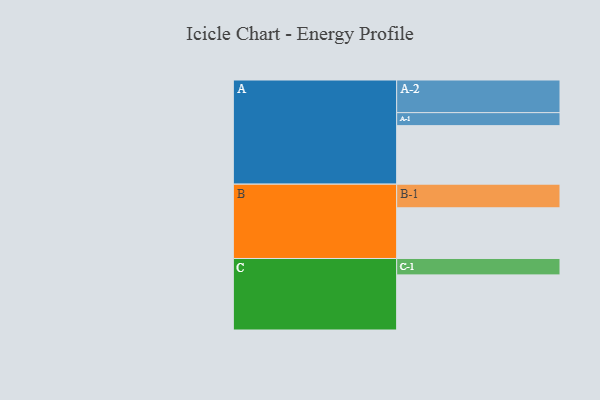
{"axis": {"x": "Segment", "y": "Value"}, "legend": ["", "A", "B", "C"], "data": [{"x": "A", "y": 396, "type": ""}, {"x": "B", "y": 343, "type": ""}, {"x": "C", "y": 373, "type": ""}, {"x": "A-1", "y": 88, "type": "A"}, {"x": "A-2", "y": 221, "type": "A"}, {"x": "B-1", "y": 160, "type": "B"}, {"x": "C-1", "y": 111, "type": "C"}]}